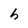
Character: h